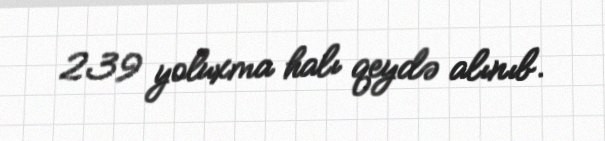
239 yoluxma halı qeydə alınıb.